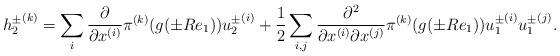
LaTeX: \begin{align*} {h_2^\pm}^{(k)}=\sum_{i} \frac{\partial}{\partial x^{(i)}} \pi^{(k)} (g(\pm Re_1)){u^\pm_2}^{(i)}+\frac{1}{2}\sum_{i,j} \frac{\partial^2}{\partial x^{(i)}\partial x^{(j)}} \pi^{(k)} (g(\pm Re_1)){u^\pm_1}^{(i)}{u^\pm_1}^{(j)}. \end{align*}